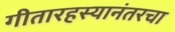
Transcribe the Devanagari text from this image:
गीतारहस्यानंतरचा